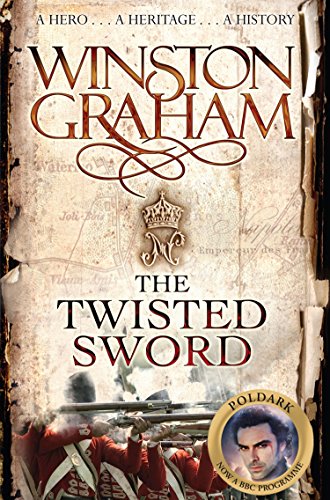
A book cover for The Twisted Sword (Poldark); Winston Graham; Literature & Fiction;